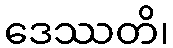
ဒေဿတိ၊